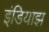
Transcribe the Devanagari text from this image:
इंडियाझ